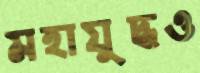
মহাযুদ্ধও